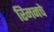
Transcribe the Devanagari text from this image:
रिमनचे